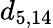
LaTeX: d_{5,14}